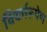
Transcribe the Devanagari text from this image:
विवर्त्तरूपेण